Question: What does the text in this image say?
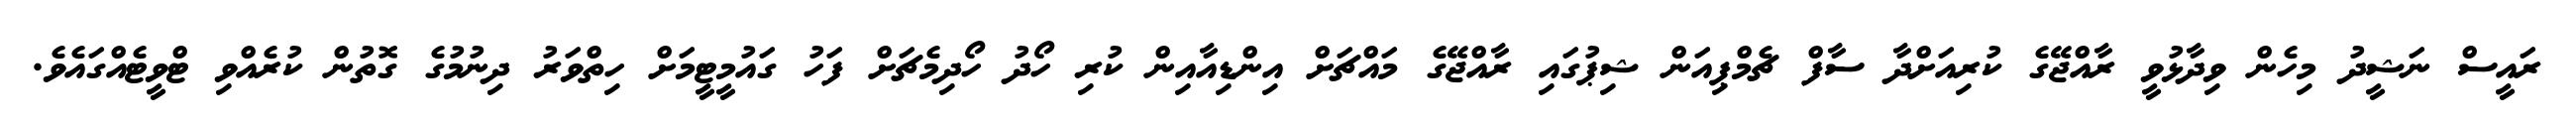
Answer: ރައީސް ނަޝީދު މިހެން ވިދާޅުވީ ރާއްޖޭގެ ކުރިއަށްދާ ސާފް ޗެމްޕިއަން ޝިޕުގައި ރާއްޖޭގެ މައްޗަށް އިންޑިއާއިން ކުރި ހޯދު ހޯދިމެޗަށް ފަހު ގައުމީޓީމަށް ހިތްވަރު ދިނުމުގެ ގޮތުން ކުރެއްވި ޓްވީޓެއްގައެވެ.